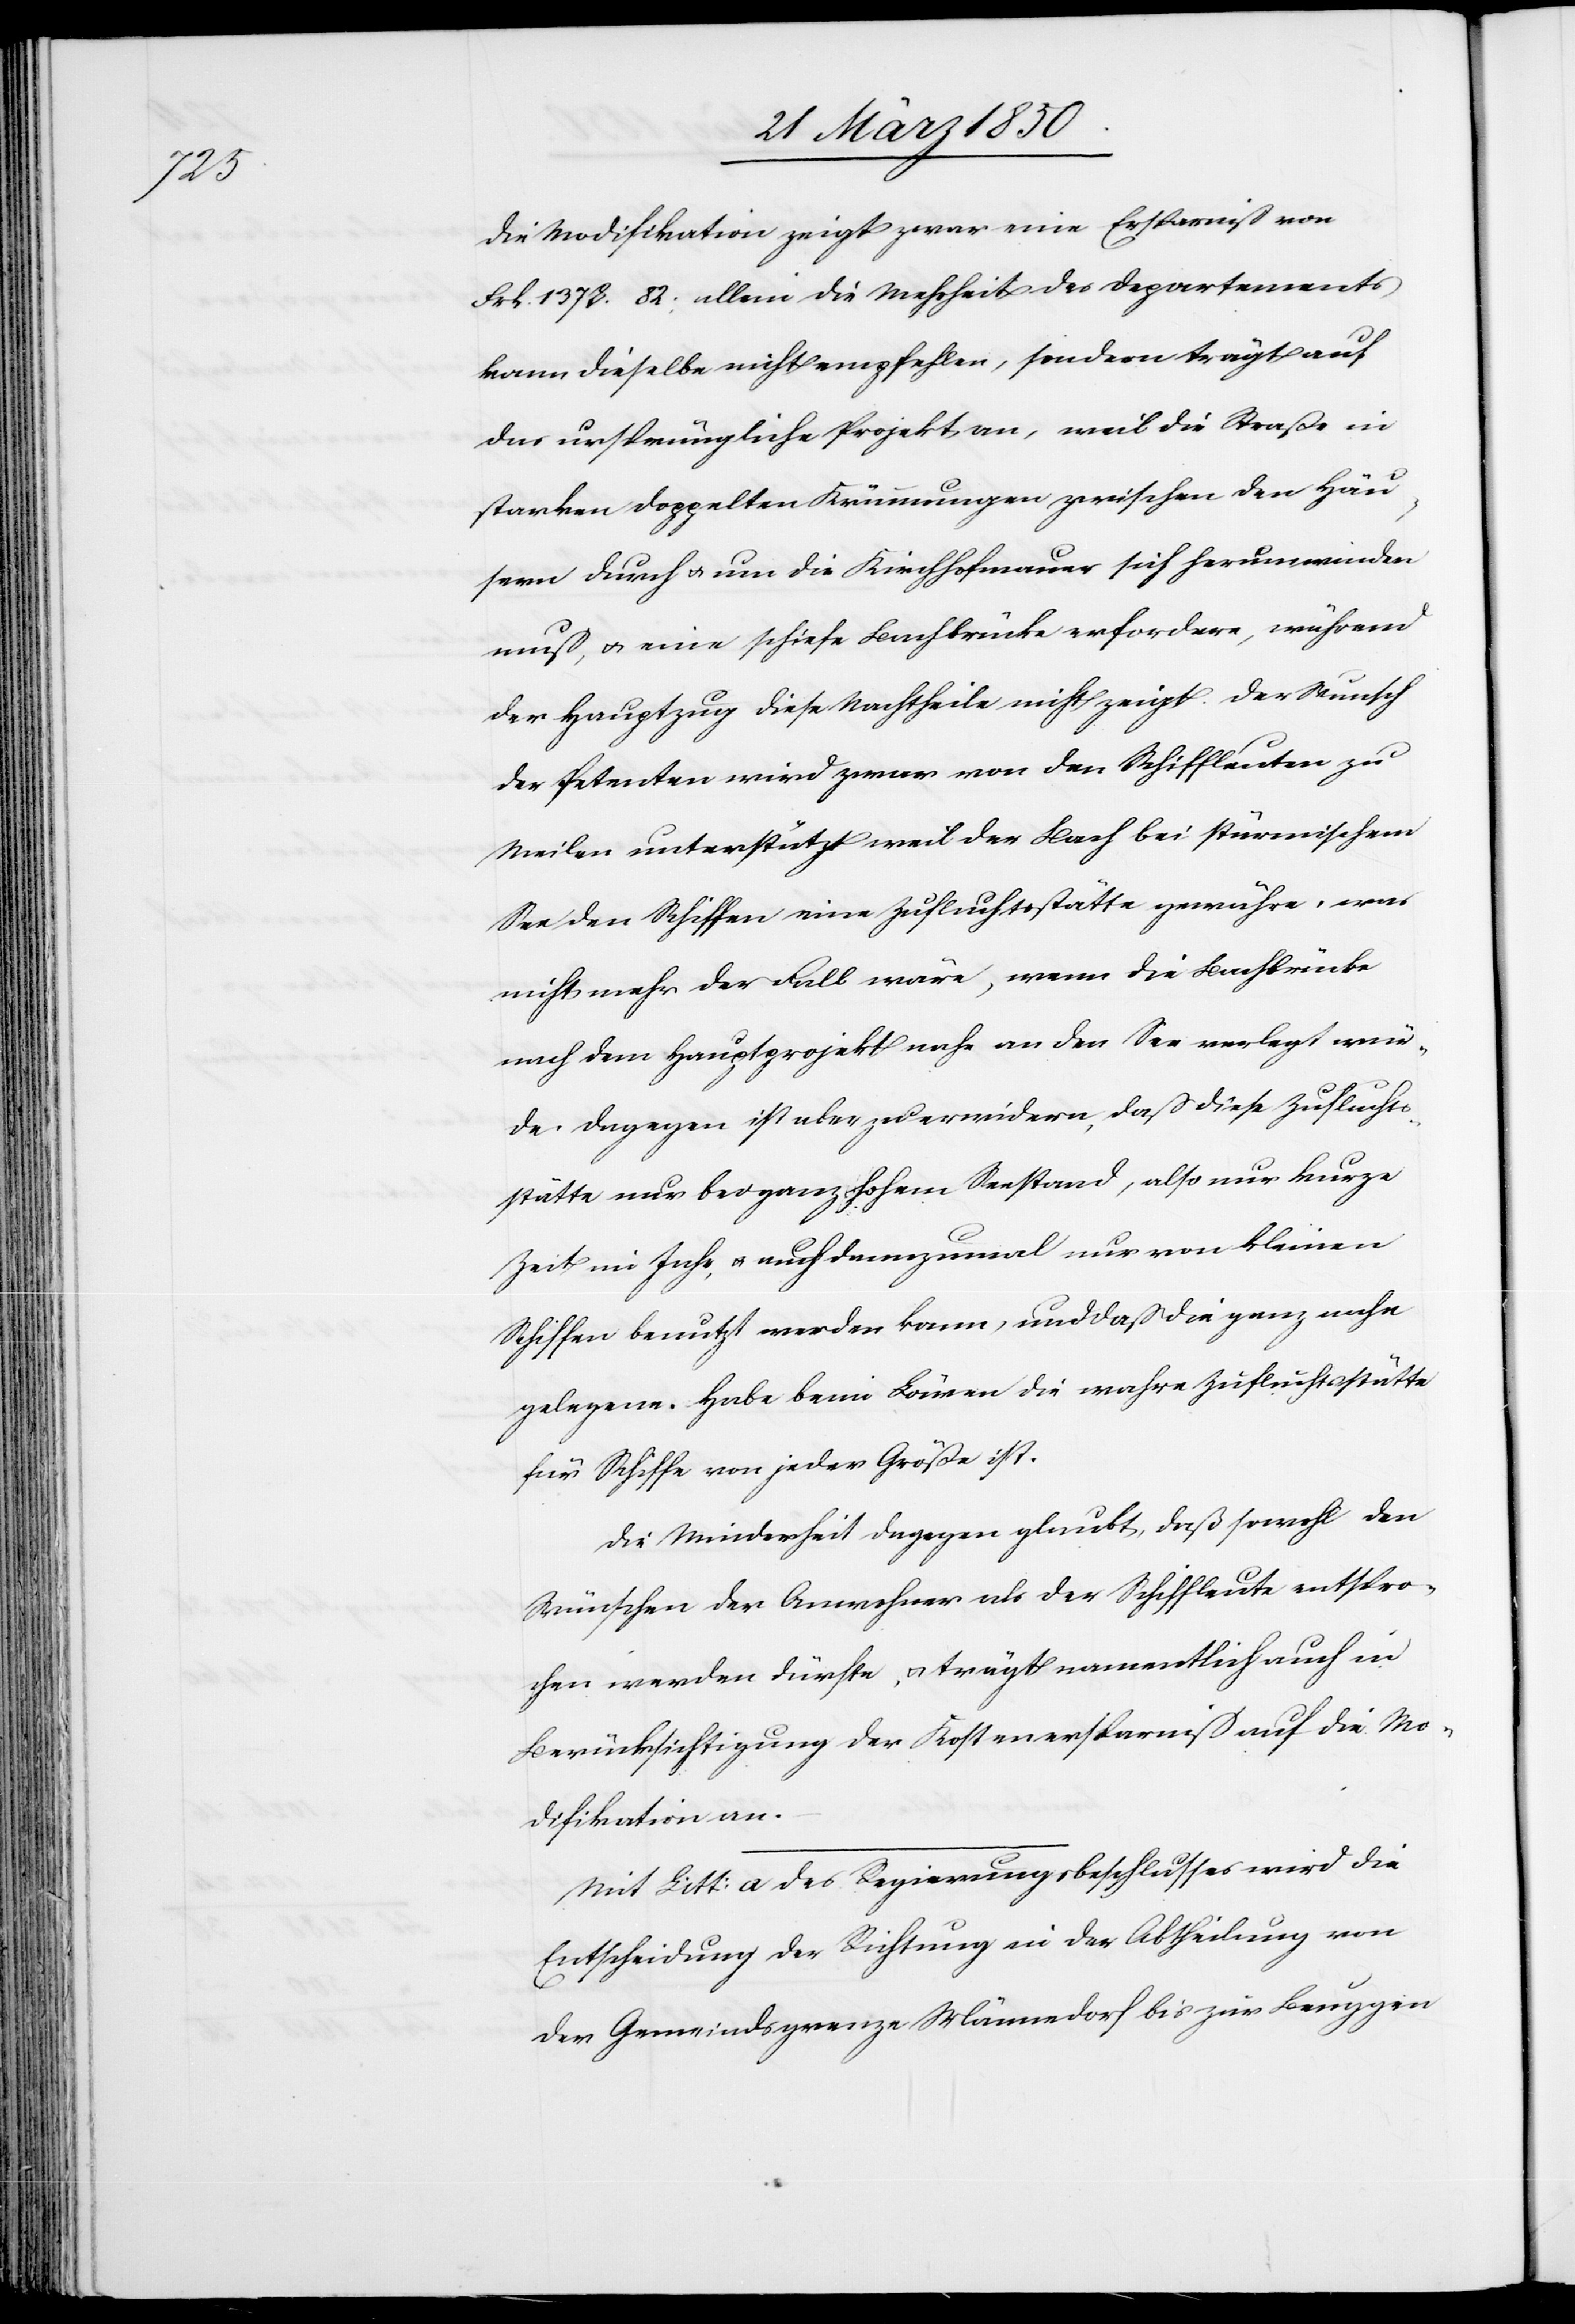
Die Modifikation zeigt zwar eine Ersparniß von
Frk. 1378. 82; allein die Mehrheit des Departements
kann dieselbe nicht empfehlen, sondern trägt auf
das ursprüngliche Projekt an, weil die Straße in
starken doppelten Krümmungen zwischen den Häu¬
sern durch u. um die Kirchhofmauer sich herumwinden
muß, u. eine schiefe Bachbrücke erfordere, während
der Hauptzug diese Nachtheile nicht zeigt. Der Wunsch
der Petenten wird zwar von den Schiffleuten zu
Meilen unterstützt weil der Bach bei stürmischem
See den Schiffen eine Zufluchtsstätte gewähre, was
nicht mehr der Fall wäre, wenn die Bachbrücke
nach dem Hauptprojekt nahe an den See verlegt wür¬
de. Dagegen ist aber zu erwidern, daß diese Zufluchts¬
stätte nur bei ganz hohem Seestand, also nur kurze
Zeit im Jahr, u. auch dannzumal nur von kleinen
Schiffen benutzt werden kann, und daß die ganz nahe
gelegene Habe beim Löwen die wahre Zufluchtsstätte
für Schiffe von jeder Größe ist.
Die Minderheit dagegen glaubt, daß sowohl den
Wünschen der Anwohner als der Schiffleute entspro¬
chen werden dürfte, u. trägt namentlich auch in
Berücksichtigung der Kostenersparniß auf die Mo¬
difikation an.
Mit Litt: a des Regierungsbeschlusses wird die
Entscheidung der Richtung in der Abtheilung von
der Gemeindsgrenze Männedorf bis zur Beuggen